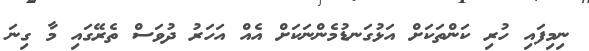
ނިމިފައި ހުރި ކަންތަކަށް އަޅުގަނޑުމެންނަކަށް އެއް އަހަރު ދުވަސް ތެރޭގައި މާ ގިނަ